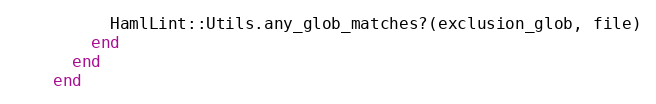
Language: Ruby
          HamlLint::Utils.any_glob_matches?(exclusion_glob, file)
        end
      end
    end